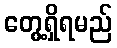
တွေ့ရှိရမည်